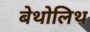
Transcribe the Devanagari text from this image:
बेथोलिथ